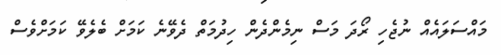
މައްސަލައެއް ނުޖެހި ރޯދަ މަސް ނިމެންދެން ހިދުމަތް ދެވޭނެ ކަމަށް ބެލެވޭ ކަމަށްވެސް